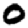
Digit: 0